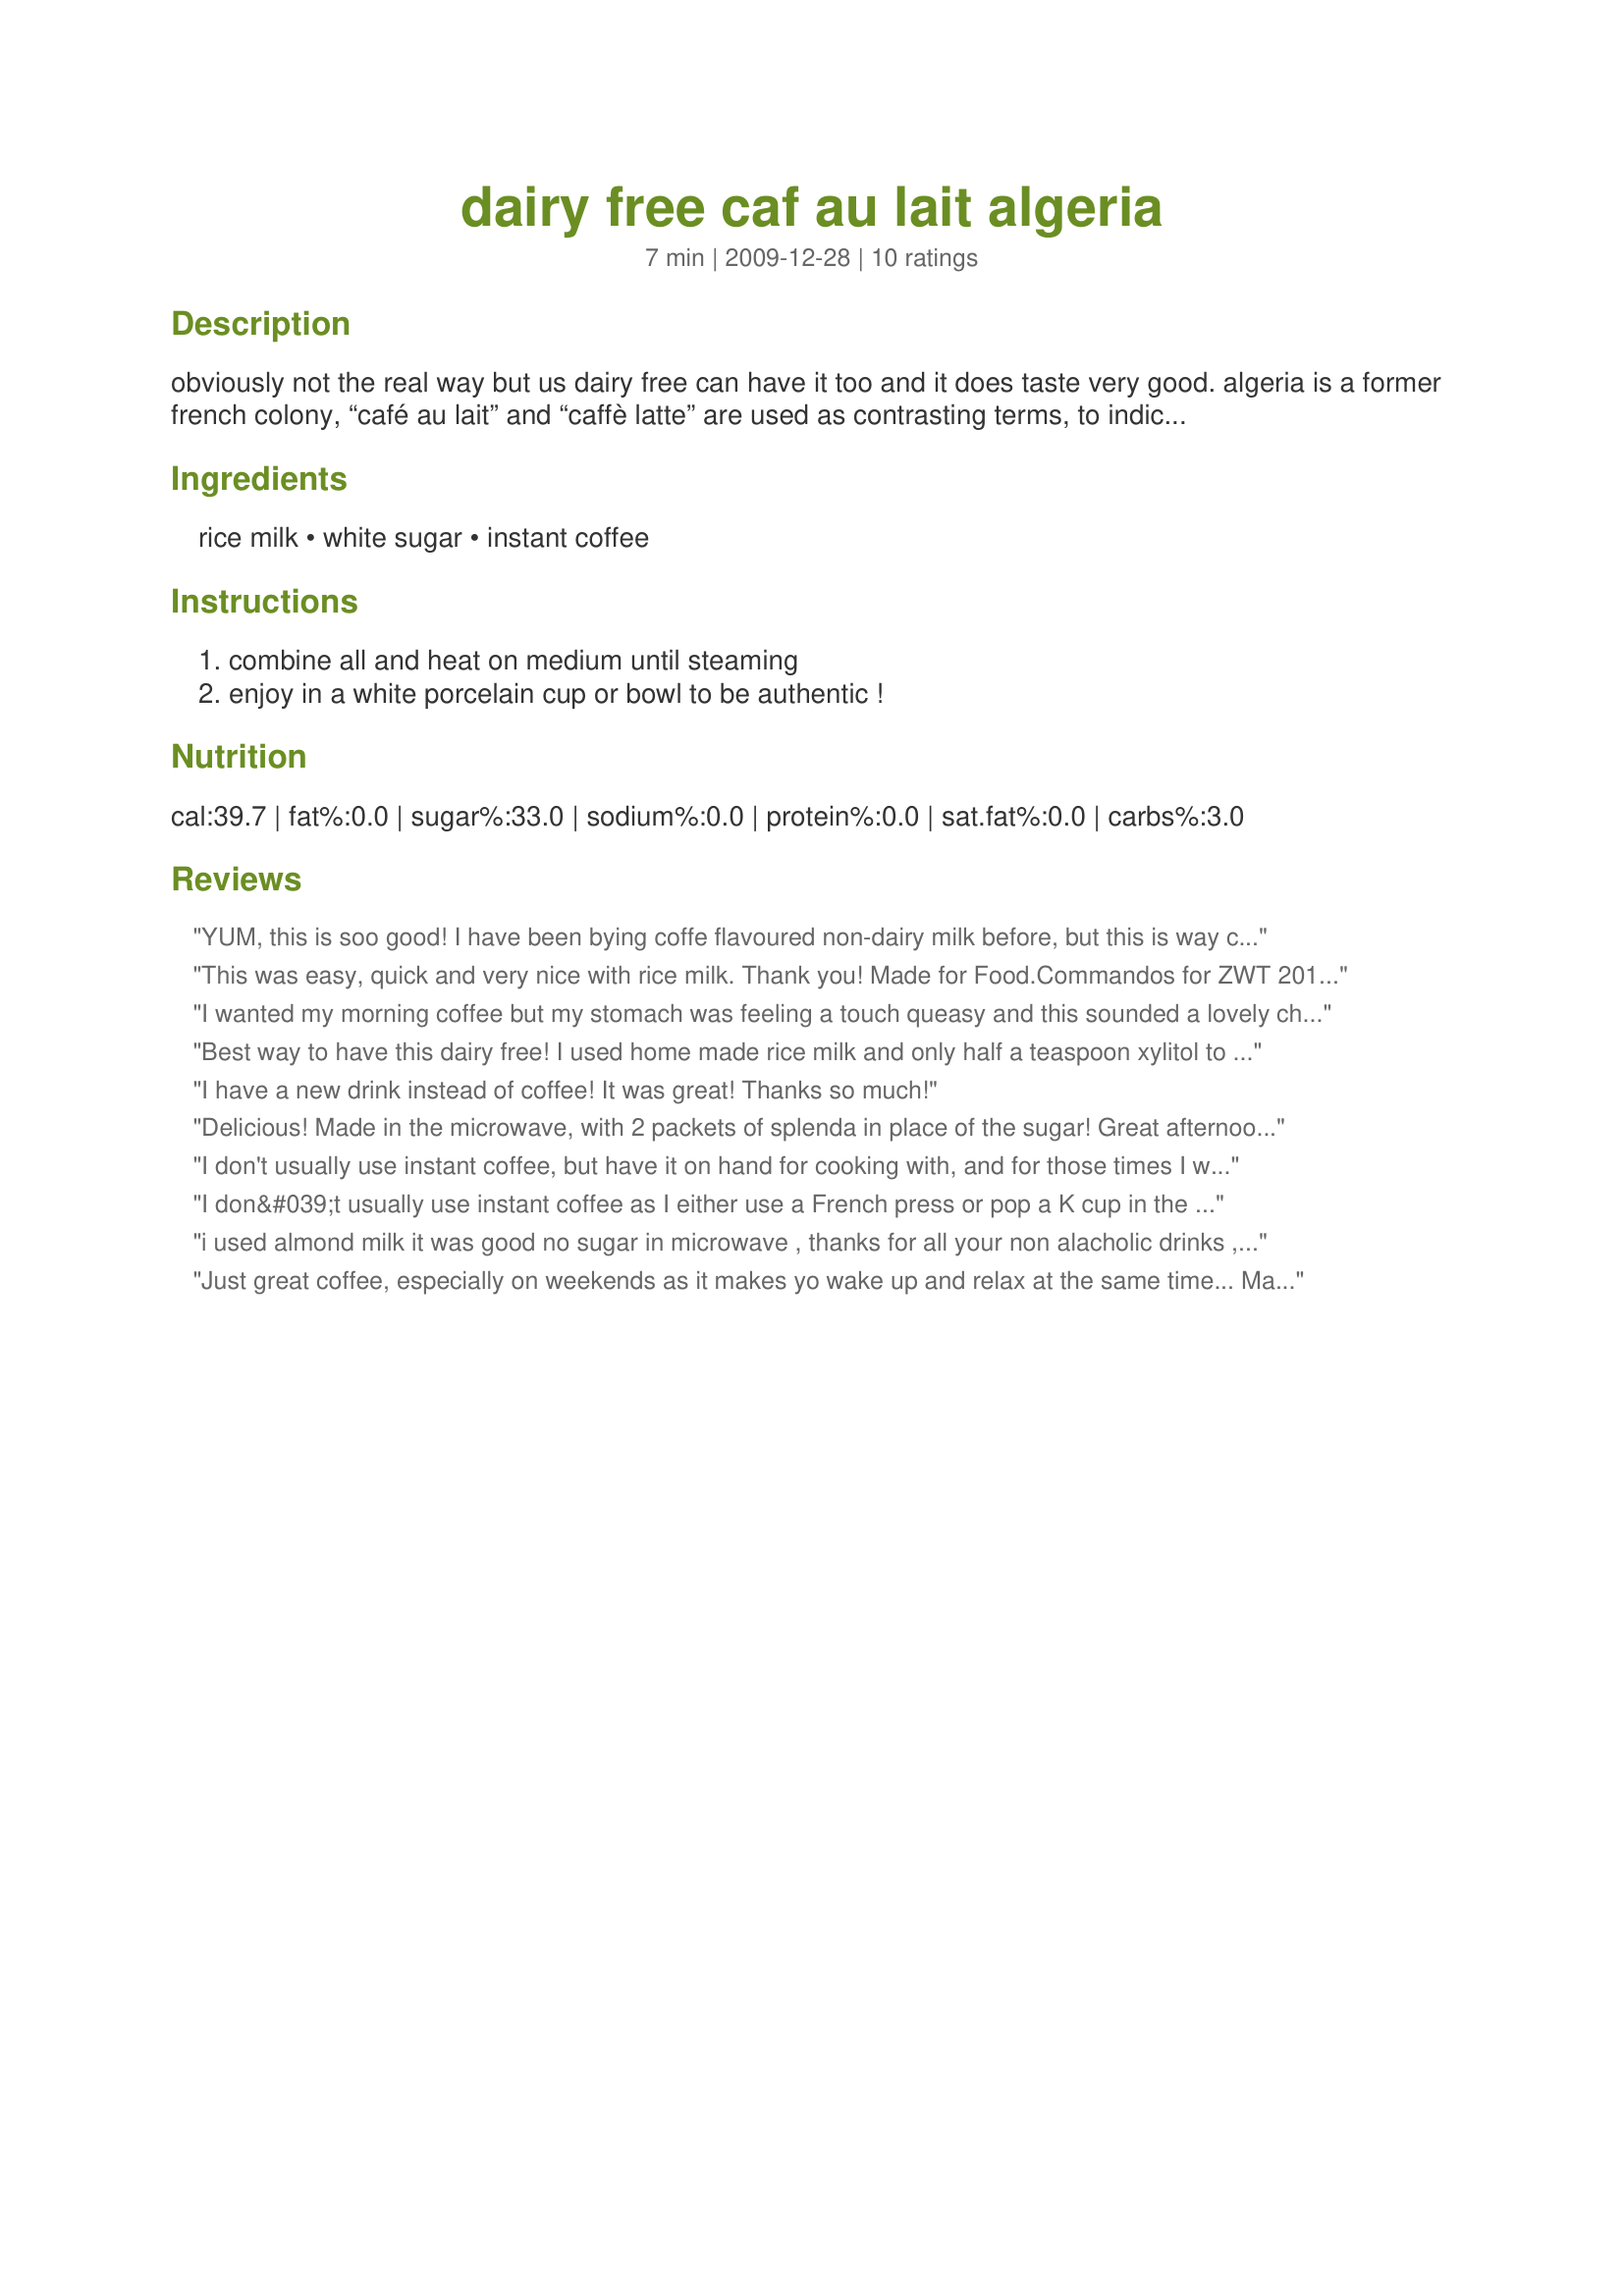
dairy free caf au lait algeria
Preparation time: 7 minutes

obviously not the real way but us dairy free can have it too and it does taste very good. algeria is a former french colony, “café au lait” and “caffè latte” are used as contrasting terms, to indicate whether the beverage is served in the “french” or the “italian” way – the former being in a white porcelain cup or bowl, the latter in a kitchen glass and always made from an espresso machine, whereas “café au lait” might be espresso or dark coffee based.

Ingredients:
rice milk, white sugar, instant coffee

Steps:
combine all and heat on medium until steaming, enjoy in a white porcelain cup or bowl to be authentic !

Reviews:
YUM, this is soo good! I have been bying coffe flavoured non-dairy milk before, but this is way cheaper to make and tastes just as good. Im making this nearly every morning now. THANK YOU SO MUCH for sharing it with us, UmmBinat!<br/>Made and reviewed for Veggie Swap #45 April 2012.
This was easy, quick and very nice with rice milk. Thank you! Made for Food.Commandos for ZWT 2011-Italy.
I wanted my morning coffee but my stomach was feeling a touch queasy and this sounded a lovely choice. I used Silk (a soy milk) that I often have on hand and espresso power in the amount of 2 tsps. It hit the spot perfectly with a bit of Splenda and my tummy and I both thank you for this one. :D
Best way to have this dairy free! I used home made rice milk and only half a teaspoon xylitol to sweeten as I don't like it really sweet. Thanks for posting :)<br/>Made for ZWT 7 Italy for Count Dracula And His Hot Bites.
I have a new drink instead of coffee! It was great! Thanks so much!
Delicious! Made in the microwave, with 2 packets of splenda in place of the sugar! Great afternoon pick me up! Made for Holiday Tag February 2010!
I don't usually use instant coffee, but have it on hand for cooking with, and for those times I want it quick! This was one of those times. Needed a caffeine fix and didn't want to get the coffee pot out. I used soy milk, and instead of sugar, used a bit of sugar-free Torani's French vanilla syrup. Made for ZWT 7.
I don&#039;t usually use instant coffee as I either use a French press or pop a K cup in the coffee maker. So this was a new experience. I used almond milk and it was so good. After I finish my half gallon I will try the rice milk. Made for Veg n Swap tag no. 57.
i used almond milk it was good no sugar in microwave , thanks for all your non alacholic drinks , zaar tour 6
Just great coffee, especially on weekends as it makes yo wake up and relax at the same time...
Made for ZWT6
